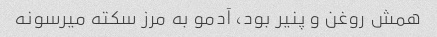
همش روغن و پنیر بود، آدمو به مرز سکته میرسونه